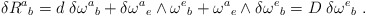
\begin{align*}\delta R^a{}_b = d\; \delta \omega^a{}_b + \delta \omega^a{}_e\wedge\omega^e{}_b + \omega^a{}_e \wedge \delta \omega^e{}_b = D \;\delta \omega^e{}_b \ .\end{align*}